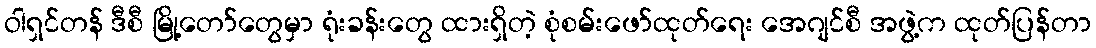
ဝါရှင်တန် ဒီစီ မြို့တော်တွေမှာ ရုံးခန်းတွေ ထားရှိတဲ့ စုံစမ်းဖော်ထုတ်ရေး အေဂျင်စီ အဖွဲ့က ထုတ်ပြန်တာ